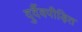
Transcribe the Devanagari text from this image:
दुर्दैवपीड़ित